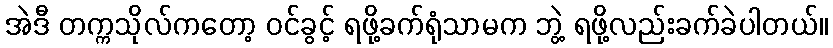
အဲဒီ တက္ကသိုလ်ကတော့ ဝင်ခွင့် ရဖို့ခက်ရုံသာမက ဘွဲ့ ရဖို့လည်းခက်ခဲပါတယ်။